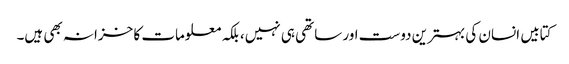
کتابیں انسان کی بہترین دوست اور ساتھی ہی نہیں، بلکہ معلومات کا خزانہ بھی ہیں۔